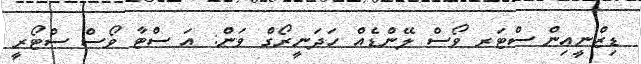
ޑިޒްނީއިން ސްޓަރ ވޯސް ލޭންޑެއް ހަދަނީރޯގް ވަން: އަ ސްޓާ ވޯސް ސްޓޯރީ